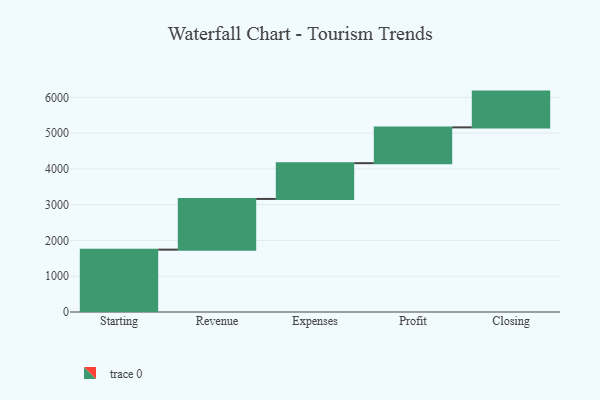
{"axis": {"x": "Step", "y": "Value"}, "legend": [""], "data": [{"x": "Starting", "y": 1743.0, "type": ""}, {"x": "Revenue", "y": 1417.0, "type": ""}, {"x": "Expenses", "y": 1000, "type": ""}, {"x": "Profit", "y": 1000, "type": ""}, {"x": "Closing", "y": 1000, "type": ""}]}